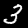
Label: 3